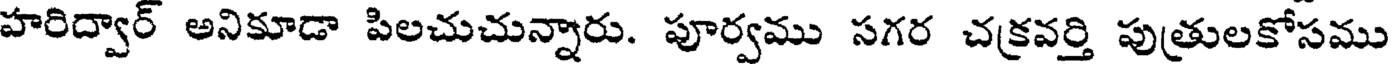
హరిద్వార్ అనికూడా పిలచుచున్నారు. పూర్వము సగర చక్రవర్తి పుత్రులకోసము